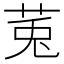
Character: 𫟏